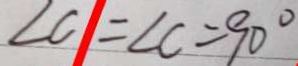
\angle C = \angle C = 9 0 ^ { \circ }